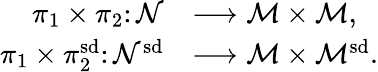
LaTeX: \begin{array}{rl}{\pi_{1}\times\pi_{2}\colon\mathcal{N}}&{\longrightarrow\mathcal{M}\times\mathcal{M},}\\ {\pi_{1}\times\pi_{2}^{\smash{\mathrm{sd}}}\colon\mathcal{N}^{\smash{\mathrm{sd}}}}&{\longrightarrow\mathcal{M}\times\mathcal{M}^{\smash{\mathrm{sd}}}.}\end{array}